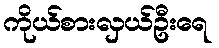
ကိုယ်စားလှယ်ဦးရေ